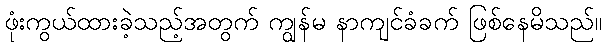
ဖုံးကွယ်ထားခဲ့သည့်အတွက် ကျွန်မ နာကျင်ခံခက် ဖြစ်နေမိသည်။